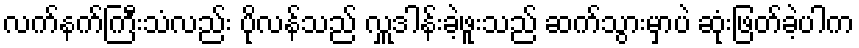
လက်နက်ကြီးသံလည်း ပိုလန်သည် လှူဒါန်းခဲ့ဖူးသည် ဆက်သွားမှာပဲ ဆုံးဖြတ်ခဲ့ပါက